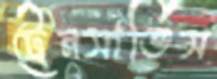
ট্রেনসার্ভিস